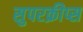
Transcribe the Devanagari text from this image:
सुपरक्रीप्स